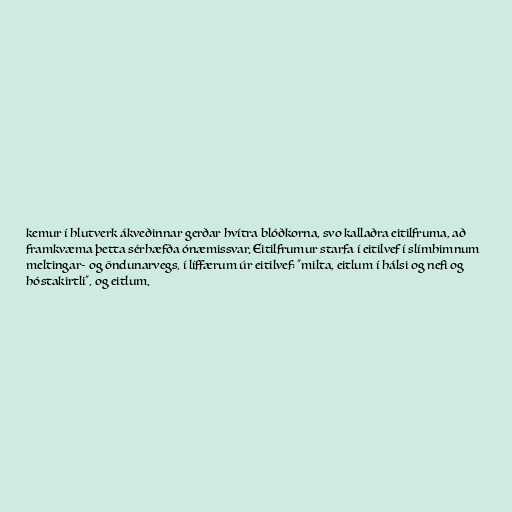
kemur í hlutverk ákveðinnar gerðar hvítra blóðkorna, svo kallaðra eitilfruma, að
framkvæma þetta sérhæfða ónæmissvar. Eitilfrumur starfa í eitilvef í slímhimnum
meltingar- og öndunarvegs, í líffærum úr eitilvef: "milta, eitlum í hálsi og nefi og
hóstakirtli", og eitlum.